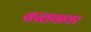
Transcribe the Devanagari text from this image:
वस्तवावर